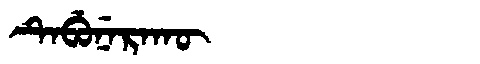
Manchu: ᡨᡝᠪᡠᠨᡝᡵᠠᡴᡡ
Romanization: TEBUNERAKŪ